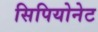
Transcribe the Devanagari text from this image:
सिपियोनेट